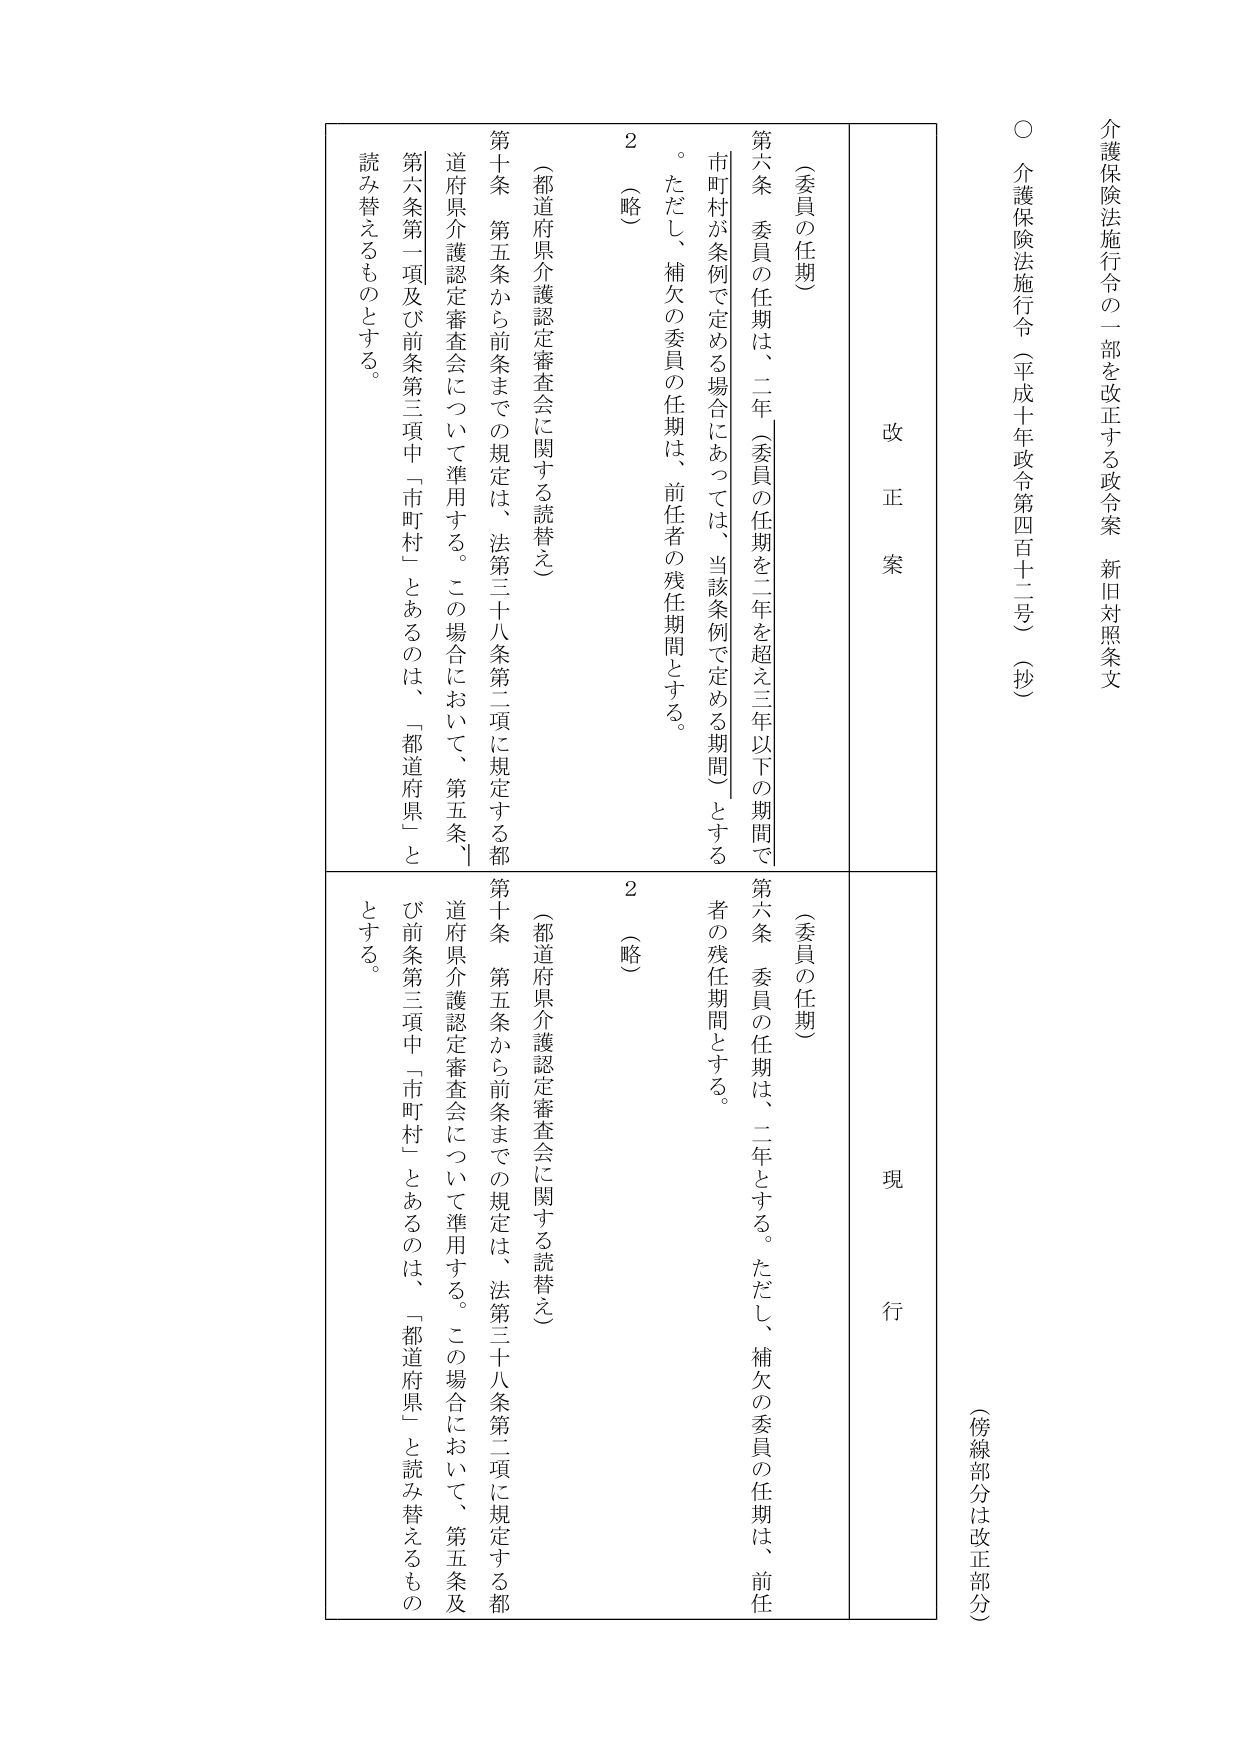
介護保険法施行令の一部を改正する政令案 新旧対照条文

○ 介護保険法施行令（平成十年政令第四百十二号）（抄）

（傍線部分は改正部分）

改正案

（委員の任期）

第六条 委員の任期は、二年（委員の任期を二年を超え三年以下の期間で
市町村が条例で定める場合にあっては、当該条例で定める期間）とする
。ただし、補欠の委員の任期は、前任者の残任期間とする。

2 （略）

（都道府県介護認定審査会に関する読替え）

第十条 第五条から前条までの規定は、法第三十八条第二項に規定する都
道府県介護認定審査会について準用する。この場合において、第五条
第六条第一項及び前条第三項中「市町村」とあるのは、「都道府県」と
読み替えるものとする。

現行

（委員の任期）

第六条 委員の任期は、二年とする。ただし、補欠の委員の任期は、前任
者の残任期間とする。

2 （略）

（都道府県介護認定審査会に関する読替え）

第十条 第五条から前条までの規定は、法第三十八条第二項に規定する都
道府県介護認定審査会について準用する。この場合において、第五条及
び前条第三項中「市町村」とあるのは、「都道府県」と読み替えるもの
とする。